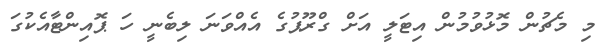
މި މެޗުން މޮޅުވުމުން އިޓަލީ އަށް ގްރޫޕުގެ އެއްވަނަ ލިބެނީ ހަ ޕޮއިންޓާއެކުގަ